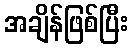
အချိန်ဖြစ်ပြီး